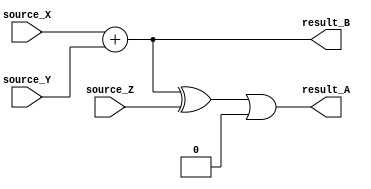
module arx 
#(
    parameter R = 0 // rotation parameter
)
(
    // Each ARX unit consists of 3 input sources
    input wire [31:0] source_X,
    input wire [31:0] source_Y,
    input wire [31:0] source_Z,

    output wire [31:0] result_A,
    output wire [31:0] result_B
);

    // we need one intermediate wire to keep track of the xor + add operation
    wire [31:0] intermediate;

    // the ARX operation for ChaCha round operation is as follows:
    //      A = ((X + Y) ^ Z) < R
    //
    // note: the '<' operator refers to a rotation instruction
    assign intermediate = (source_X + source_Y) ^ source_Z;             // add + xor
    assign result_A = (intermediate << R) | (intermediate >> (32 - R)); // rotation
    assign result_B = source_X + source_Y;                              // add

endmodule
module quarter_round (
    // input ports
    input wire [31:0]   input_a, 
                        input_b, 
                        input_c, 
                        input_d,

    // output ports
    output wire [31:0]  output_a, 
                        output_b, 
                        output_c, 
                        output_d
);
    // ChaCha quarter_round function is expressed as a flowchart of ARX operations

    // Based on the sequential nature of the operation flow, it seems
    // like we will need intermediate vectors

    // There is a consistent pattern:
    //      add -> xor -> rotate
    
    /**
     *  ------------------------------
     *  --- COMBINATIONAL APPROACH ---
     *  ------------------------------
     *
     *  This approach follows the ChaCha operation flowchart directly
     */

    // /**
    //  *  Define intermediate wires
    //  *  
    //  *  Some notes:
    //  *   - mixed = add + xor
    //  *   - rotated = add + xor + rotate
    //  */
    // wire [31:0] inter_a, mixed_inter_b, inter_c, mixed_inter_d, rotated_inter_b, rotated_inter_d,
    //             mixed_output_b, mixed_output_d;
    wire [31:0] inter_a, inter_b, inter_c, inter_d;

    // // First ARX (intermediate)
    // assign inter_a = input_a + input_b;                                     // add
    // assign mixed_inter_d = (input_a + input_b) ^ input_d;                   // add + xor
    // assign rotated_inter_d = {mixed_inter_d[15:0], mixed_inter_d[31:16]};   // rotate
    arx #(.R(16)) arx_module_0 (
        .source_X(input_a),
        .source_Y(input_b),
        .source_Z(input_d),

        .result_A(inter_d),
        .result_B(inter_a)
    );

    // // Second ARX (intermediate)
    // assign inter_c = input_c + rotated_inter_d;                             // add
    // assign mixed_inter_b = (input_c + rotated_inter_d) ^ input_b;           // add + xor
    // assign rotated_inter_b = {mixed_inter_b[19:0], mixed_inter_b[31:20]};   // rotate
    arx #(.R(12)) arx_module_1 (
        .source_X(input_c),
        .source_Y(inter_d),
        .source_Z(input_b),

        .result_A(inter_b),
        .result_B(inter_c)
    );

    // // Third ARX (output)
    // assign output_a = inter_a + rotated_inter_b;                            // add
    // assign mixed_output_d = (inter_a + rotated_inter_b) ^ rotated_inter_d;  // add + xor
    // assign output_d = {mixed_output_d[23:0], mixed_output_d[31:24]};        // rotate
    arx #(.R(8)) arx_module_2 (
        .source_X(inter_a),
        .source_Y(inter_b),
        .source_Z(inter_d),

        .result_A(output_d),
        .result_B(output_a)
    );

    // // Fourth ARX (output)
    // assign output_c = inter_c + output_d;                                   // add
    // assign mixed_output_b = (inter_c + output_d) ^ rotated_inter_b;         // add + xor
    // assign output_b = {mixed_output_b[24:0], mixed_output_b[31:25]};        // rotate
    arx #(.R(7)) arx_module_3 (
        .source_X(inter_c),
        .source_Y(output_d),
        .source_Z(inter_b),

        .result_A(output_b),
        .result_B(output_c)
    );
endmodule
module round (
    // input is a ksg 4x4 array
    input wire [127:0]  input_a, 
    input wire [127:0]  input_b, 
    input wire [127:0]  input_c, 
    input wire [127:0]  input_d,

    // output ports
    output wire [127:0]  output_a, 
    output wire [127:0]  output_b, 
    output wire [127:0]  output_c, 
    output wire [127:0]  output_d,

    // control signal
    input wire op_type  // 0: column, 1: diagonal
);
    /**
    *   A full round simply consists of performing 4 quarter round operations
    *   across all 4 columns of the 4x4 matrix
    *   
    *   For this implementation we will generate enough modules to comptue all
    *   4 quarter round operations in parallel
    */
    quarter_round quarter_module_0 (
        .input_a(input_a_0),
        .input_b(input_b_0),
        .input_c(input_c_0),
        .input_d(input_d_0),

        .output_a(output_a_0),
        .output_b(output_b_0),
        .output_c(output_c_0),
        .output_d(output_d_0)
    );

    quarter_round quarter_module_1 (
        .input_a(input_a_1),
        .input_b(input_b_1),
        .input_c(input_c_1),
        .input_d(input_d_1),

        .output_a(output_a_1),
        .output_b(output_b_1),
        .output_c(output_c_1),
        .output_d(output_d_1)
    );

    quarter_round quarter_module_2 (
        .input_a(input_a_2),
        .input_b(input_b_2),
        .input_c(input_c_2),
        .input_d(input_d_2),

        .output_a(output_a_2),
        .output_b(output_b_2),
        .output_c(output_c_2),
        .output_d(output_d_2)
    );

    quarter_round quarter_module_3 (
        .input_a(input_a_3),
        .input_b(input_b_3),
        .input_c(input_c_3),
        .input_d(input_d_3),

        .output_a(output_a_3),
        .output_b(output_b_3),
        .output_c(output_c_3),
        .output_d(output_d_3)
    );

    // To implement diagonal mixing we will mux the input and output of the 
    // quarter round modules
    wire [31:0] input_a_0, input_a_1, input_a_2, input_a_3;
    wire [31:0] input_b_0, input_b_1, input_b_2, input_b_3;
    wire [31:0] input_c_0, input_c_1, input_c_2, input_c_3;
    wire [31:0] input_d_0, input_d_1, input_d_2, input_d_3;

    wire [31:0] output_a_0, output_a_1, output_a_2, output_a_3;
    wire [31:0] output_b_0, output_b_1, output_b_2, output_b_3;
    wire [31:0] output_c_0, output_c_1, output_c_2, output_c_3;
    wire [31:0] output_d_0, output_d_1, output_d_2, output_d_3;
    
    // MUX input values to enable selection between column-wise and diagonal-wise mixing
    assign input_a_0 = input_a[31:0];
    assign input_b_0 = op_type ? input_b[63:32]     : input_b[31:0];
    assign input_c_0 = op_type ? input_c[95:64]     : input_c[31:0];
    assign input_d_0 = op_type ? input_d[127:96]    : input_d[31:0];

    assign input_a_1 = input_a[63:32];
    assign input_b_1 = op_type ? input_b[95:64]     : input_b[63:32];
    assign input_c_1 = op_type ? input_c[127:96]    : input_c[63:32];
    assign input_d_1 = op_type ? input_d[31:0]      : input_d[63:32];

    assign input_a_2 = input_a[95:64];
    assign input_b_2 = op_type ? input_b[127:96]    : input_b[95:64];
    assign input_c_2 = op_type ? input_c[31:0]      : input_c[95:64];
    assign input_d_2 = op_type ? input_d[63:32]     : input_d[95:64];

    assign input_a_3 = input_a[127:96];
    assign input_b_3 = op_type ? input_b[31:0]      : input_b[127:96];
    assign input_c_3 = op_type ? input_c[63:32]     : input_c[127:96];
    assign input_d_3 = op_type ? input_d[95:64]     : input_d[127:96];

    // MUX output values following the same pattern as the input
    assign output_a[31:0]   = output_a_0;
    assign output_a[63:32]  = output_a_1;
    assign output_a[95:64]  = output_a_2;
    assign output_a[127:96] = output_a_3;

    assign output_b[31:0]   = op_type ? output_b_3 : output_b_0;
    assign output_b[63:32]  = op_type ? output_b_0 : output_b_1;
    assign output_b[95:64]  = op_type ? output_b_1 : output_b_2;
    assign output_b[127:96] = op_type ? output_b_2 : output_b_3;

    assign output_c[31:0]   = op_type ? output_c_2 : output_c_0;
    assign output_c[63:32]  = op_type ? output_c_3 : output_c_1;
    assign output_c[95:64]  = op_type ? output_c_0 : output_c_2;
    assign output_c[127:96] = op_type ? output_c_1 : output_c_3;

    assign output_d[31:0]   = op_type ? output_d_1 : output_d_0;
    assign output_d[63:32]  = op_type ? output_d_2 : output_d_1;
    assign output_d[95:64]  = op_type ? output_d_3 : output_d_2;
    assign output_d[127:96] = op_type ? output_d_0 : output_d_3;

endmodule